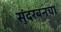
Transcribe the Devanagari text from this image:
सुंदरबनचा